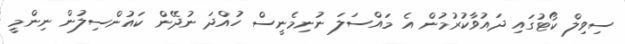
ސިވިލް ކޯޓުގައި ދައުވާކުރުމުން އެ މައްސަލަ ނުނިމެނީސް ހުއްދަ ނުދޭން ކައުންސިލުން ނިންމީ